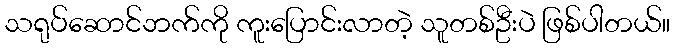
သရုပ်ဆောင်ဘက်ကို ကူးပြောင်းလာတဲ့ သူတစ်ဦးပဲ ဖြစ်ပါတယ်။